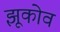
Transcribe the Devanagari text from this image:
झूकोव